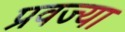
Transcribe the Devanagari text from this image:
प्रवज्या